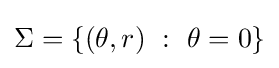
\Sigma =\{(\theta ,r)\ :\ \theta =0\}